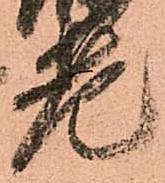
老